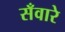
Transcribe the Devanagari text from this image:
सँवारे